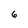
Character: 6